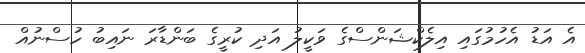
އެ އަޑު އެހުމުގައި އިލެކްޝަންސްގެ ވަކީލު އަދި ކުރީގެ ބަންޑާރަ ނައިބު ހުސްނުއް